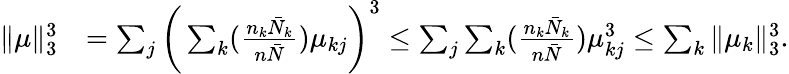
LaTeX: \begin{array}{rl}{\| \mu\| _{3}^{3}}&{=\sum_{j}\bigg(\sum_{k}(\frac{n_{k}\bar{N}_{k}}{n\bar{N}})\mu_{kj}\bigg)^{3}\leq\sum_{j}\sum_{k}(\frac{n_{k}\bar{N}_{k}}{n\bar{N}})\mu_{kj}^{3}\leq\sum_{k}\| \mu_{k}\| _{3}^{3}.}\end{array}